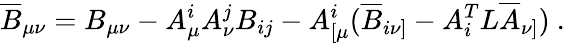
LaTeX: \overline{{{B}}}_{\mu\nu}=B_{\mu\nu}-A_{\mu}^{i}A_{\nu}^{j}B_{ij}-A_{[\mu}^{i}(\overline{{{B}}}_{i\nu]}-A_{i}^{T}L\overline{{{A}}}_{\nu]})\ .